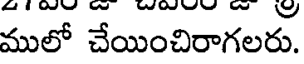
ములో చేయించిరాగలరు.